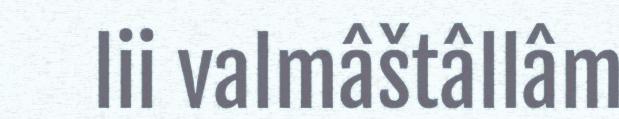
lii valmâštâllâm